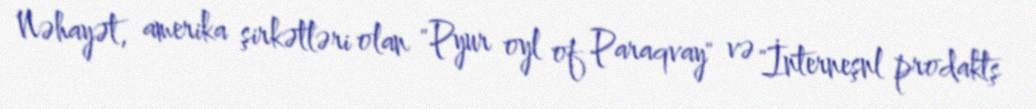
Nəhayət, amerika şirkətləri olan "Pyur oyl of Paraqvay" və "İnterneşnl prodaktş